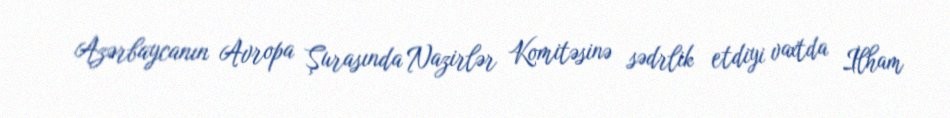
Azərbaycanın Avropa Şurasında Nazirlər Komitəsinə sədrlik etdiyi vaxtda İlham